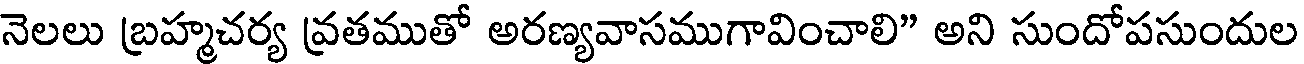
నెలలు బ్రహ్మచర్య వ్రతముతో అరణ్యవాసముగావించాలి" అని సుందోపసుందుల